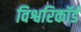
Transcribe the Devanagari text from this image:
विश्वरिकॉर्ड